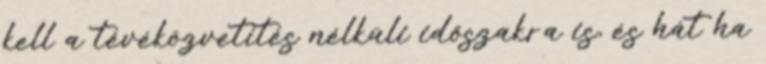
kell a tévéközvetítés nélküli időszakra is, és hát ha